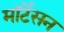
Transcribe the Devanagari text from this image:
मॉर्टेंसन